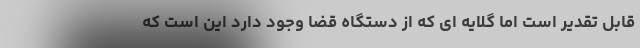
قابل تقدیر است اما گلایه ای که از دستگاه قضا وجود دارد این است که